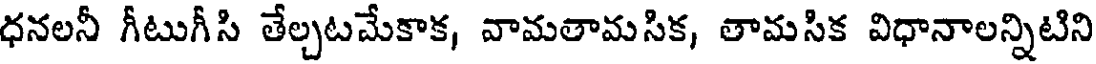
ధనలనీ గీటుగీసి తేల్చటమేకాక, వామతామసిక, తామసిక విధానాలన్నిటిని